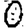
Digit: 0